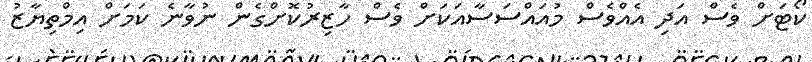
ކޯޓަށް ވެސް އަދި އެއްވެސް މުއައްސަސާއަކަށް ވެސް ހާޒިރުކޮށްގެން ނުވާނެ ކަމަށް އިމްތިޔާޒު